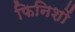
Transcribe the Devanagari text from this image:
फिनिशों